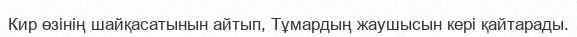
Кир өзінің шайқасатынын айтып, Тұмардың жаушысын кері қайтарады.